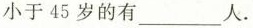
小于45岁的有______人。